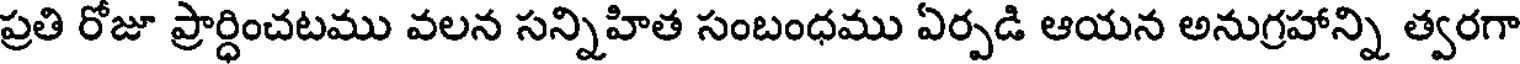
ప్రతి రోజూ ప్రార్ధించటము వలన సన్నిహిత సంబంధము ఏర్పడి ఆయన అనుగ్రహాన్ని త్వరగా